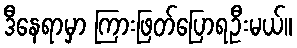
ဒီနေရာမှာ ကြားဖြတ်ပြောရဦးမယ်။